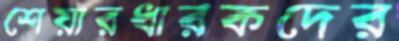
শেয়ারধারকদের